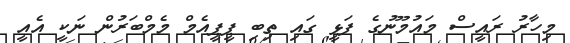
މިހާރު ރައީސް މައުމޫނުގެ ފަޅީ ގައި ތިބި ޕީޕީއެމް މެމްބަރުން ނަކީ އެއީ